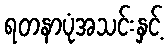
ရတနာပုံအသင်းနှင့်